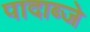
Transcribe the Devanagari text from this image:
पादाब्जे